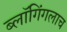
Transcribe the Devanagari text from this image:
ब्लॉगिंगलाच